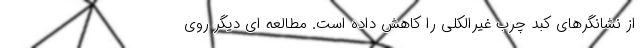
از نشانگرهای کبد چرب غیرالکلی را کاهش داده است. مطالعه ای دیگر روی